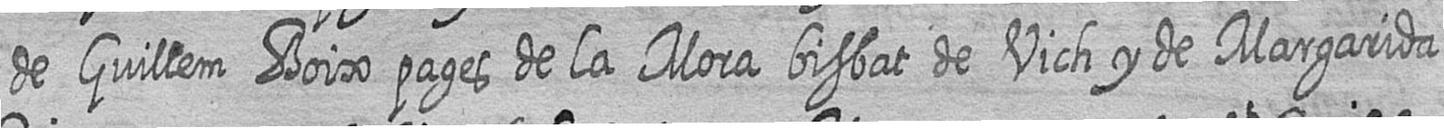
de Guillem Boix pages de la Mora bisbat de Vich y de Margarida